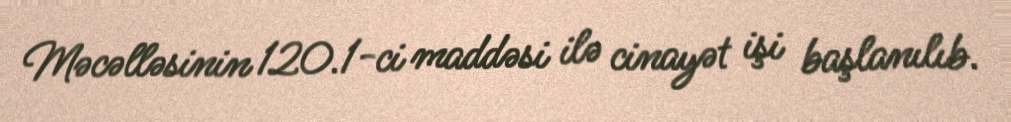
Məcəlləsinin 120.1-ci maddəsi ilə cinayət işi başlanılıb.